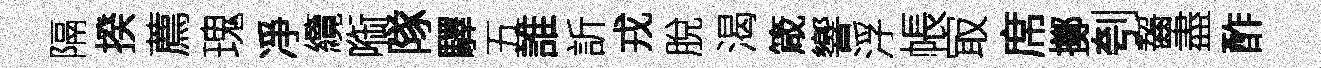
隔揆薦瑰凈纜㗸隊驛五誰訢戎脫渴箴響浮帳冣席擲刳齧盡酢